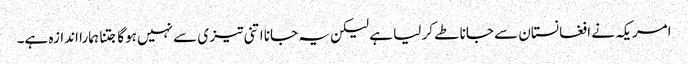
امریکہ نے افغانستان سے جانا طے کر لیا ہے لیکن یہ جانا اتنی تیز ی سے نہیں ہوگا جتنا ہمارا اندازہ ہے۔